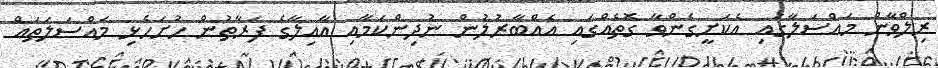
ރިލްވާން މައްސަލާގައި އެކަށީގެންވާ ގޮތެއްގައި އެއްބާރުލުން ނުދިންކަމާއި އާއިލާގެ ފަރާތުން ހުށަހެޅި މައްސަލަތައް